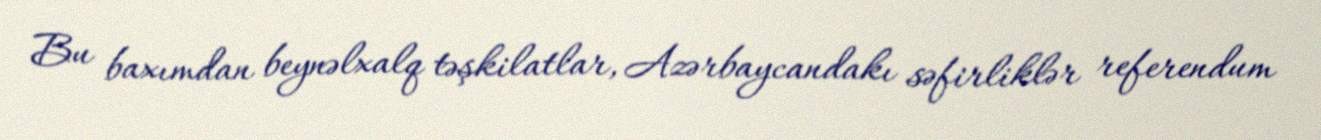
Bu baxımdan beynəlxalq təşkilatlar, Azərbaycandakı səfirliklər referendum